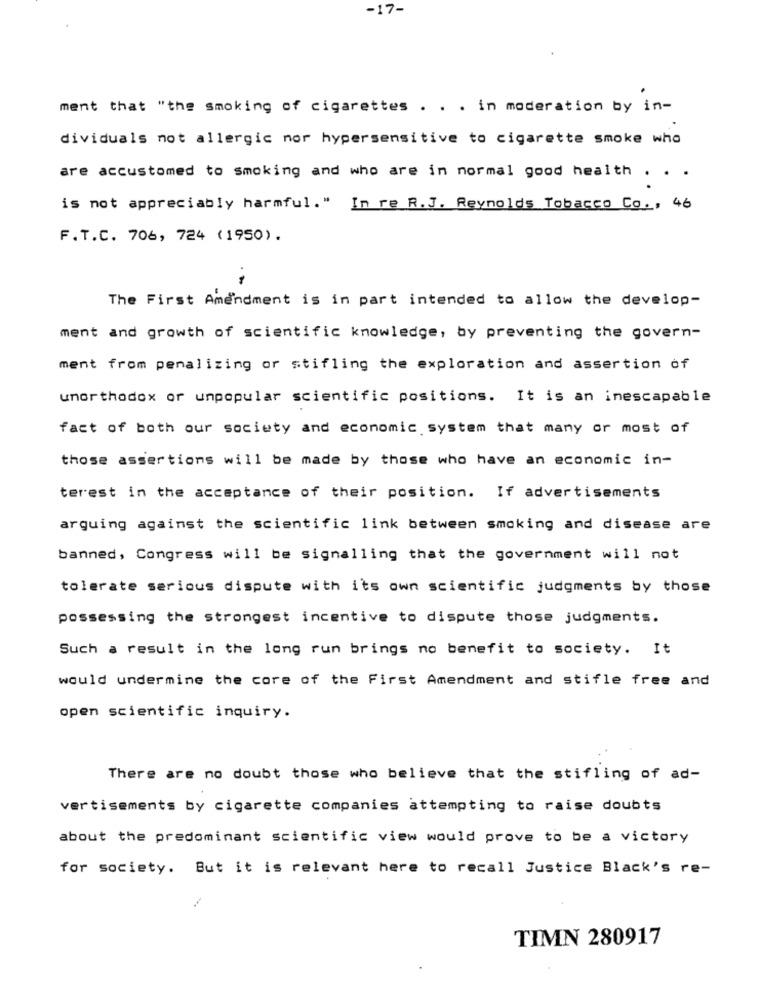
-17-
ment that "the smoking of cigarettes . . . in moderation by in-
dividuals not allergic nor hypersensitive to cigarette smoke who
are accustomed to smoking and who are in normal good health . . .
is not appreciably harmful. " In re R.J. Reynolds Tobacco Co ., 46
F.T.C. 706, 724 (1950).
The First Amendment is in part intended to allow the develop-
ment and growth of scientific knowledge, by preventing the govern-
ment from penalizing or stifling the exploration and assertion of
unorthodox or unpopular scientific positions. It is an inescapable
fact of both our society and economic system that many or most of
those assertions will be made by those who have an economic in-
terest in the acceptance of their position. If advertisements
arguing against the scientific link between smoking and disease are
banned, Congress will be signalling that the government will not
tolerate serious dispute with its own scientific judgments by those
possessing the strongest incentive to dispute those judgments.
Such a result in the long run brings no benefit to society. It
would undermine the core of the First Amendment and stifle free and
open scientific inquiry.
There are no doubt those who believe that the stifling of ad-
vertisements by cigarette companies attempting to raise doubts
about the predominant scientific view would prove to be a victory
for society. But it is relevant here to recall Justice Black's re-
TIMN 280917